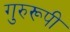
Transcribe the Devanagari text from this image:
गुरुरूपी